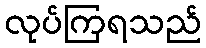
လုပ်ကြရသည်